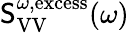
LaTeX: \mathsf{S}_{\mathrm{{VV}}}^{\omega,\mathrm{{excess}}}(\omega)